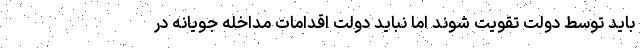
باید توسط دولت تقویت شوند اما نباید دولت اقدامات مداخله جویانه در